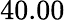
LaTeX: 40.00